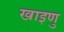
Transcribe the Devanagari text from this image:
खाइणु